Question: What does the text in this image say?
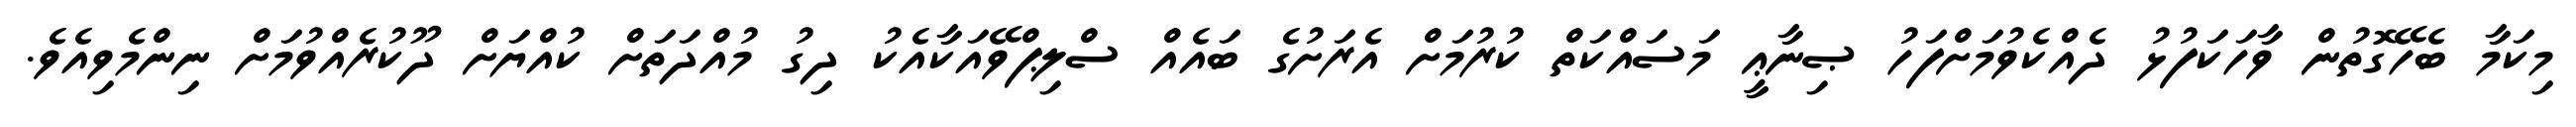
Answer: މިކަމާ ބެހޭގޮތުން ވާހަކަފުޅު ދެއްކެވުމަށްފަހު ޞިނާޢީ މަސައްކަތް ކުރުމަށް އެރަށުގެ ބައެއް ސްލިޕްވޭއަކާއެކު ދިގު މުއްދަތަށް ކުއްޔަށް ދޫކުރެއްވުމަށް ނިންމެވިއެވެ.